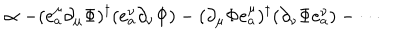
LaTeX: \propto - ( e _ { a } ^ { \mu } \partial _ { \mu } \Phi ) ^ { \dagger } ( e _ { a } ^ { \nu } \partial _ { \nu } \Phi ) - ( \partial _ { \mu } \Phi e _ { a } ^ { \mu } ) ^ { \dagger } ( \partial _ { \nu } \Phi e _ { a } ^ { \nu } ) - \cdots